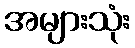
အများသုံး